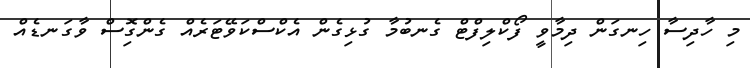
މި ހާދިސާ ހިނގަން ދިމާވީ ފޯކްލިފްޓް ގެނބުމާ ގުޅިގެން އެކްސްކަވޭޓަރެއް ގެންގިޮސް ވާގަނޑެއް